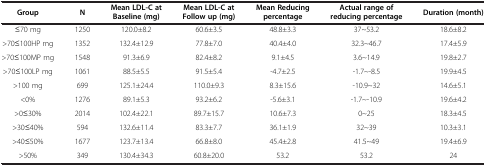
<table><thead><tr><td><b>Group</b></td><td><b>N</b></td><td><b>Mean LDL-C at Baseline (mg)</b></td><td><b>Mean LDL-C at Follow up (mg)</b></td><td><b>Mean Reducing percentage</b></td><td><b>Actual range of reducing percentage</b></td><td><b>Duration (month)</b></td></tr></thead><tbody><tr><td>≤70 mg</td><td>1250</td><td>120.0±8.2</td><td>60.6±3.5</td><td>48.8±3.3</td><td>37~53.2</td><td>18.6±8.2</td></tr><tr><td>&gt;70≤100HP mg</td><td>1352</td><td>132.4±12.9</td><td>77.8±7.0</td><td>40.4±4.0</td><td>32.3~46.7</td><td>17.4±5.9</td></tr><tr><td>&gt;70≤100MP mg</td><td>1548</td><td>91.3±6.9</td><td>82.4±8.2</td><td>9.1±4.5</td><td>3.6~14.9</td><td>19.8±2.7</td></tr><tr><td>&gt;70≤100LP mg</td><td>1061</td><td>88.5±5.5</td><td>91.5±5.4</td><td>-4.7±2.5</td><td>-1.7~-8.5</td><td>19.9±4.5</td></tr><tr><td>&gt;100 mg</td><td>699</td><td>125.1±24.4</td><td>110.0±9.3</td><td>8.3±15.6</td><td>-10.9~32</td><td>14.6±5.1</td></tr><tr><td>&lt;0%</td><td>1276</td><td>89.1±5.3</td><td>93.2±6.2</td><td>-5.6±3.1</td><td>-1.7~-10.9</td><td>19.6±4.2</td></tr><tr><td>&gt;0≤30%</td><td>2014</td><td>102.4±22.1</td><td>89.7±15.7</td><td>10.6±7.3</td><td>0~25</td><td>18.3±4.5</td></tr><tr><td>&gt;30≤40%</td><td>594</td><td>132.6±11.4</td><td>83.3±7.7</td><td>36.1±1.9</td><td>32~39</td><td>10.3±3.1</td></tr><tr><td>&gt;40≤50%</td><td>1677</td><td>123.7±13.4</td><td>66.8±8.0</td><td>45.4±2.8</td><td>41.5~49</td><td>19.4±6.9</td></tr><tr><td>&gt;50%</td><td>349</td><td>130.4±34.3</td><td>60.8±20.0</td><td>53.2</td><td>53.2</td><td>24</td></tr></tbody></table>